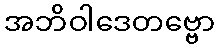
အဘိဝါဒေတဗ္ဗော